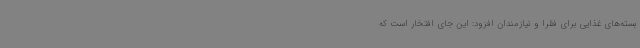
بسته‌های غذایی برای فقرا و نیازمندان افزود: این جای افتخار است که